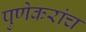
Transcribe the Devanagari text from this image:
पुणेकरांच